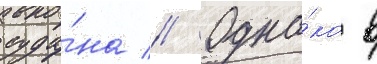
суда́на // Одна́ко в